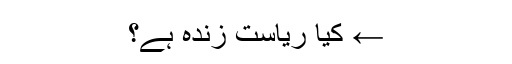
← کیا ریاست زندہ ہے؟